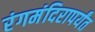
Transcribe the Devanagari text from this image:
रंगमंदिरापर्यंत